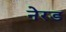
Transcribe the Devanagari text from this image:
नेरड